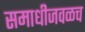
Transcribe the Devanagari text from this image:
समाधीजवळच